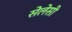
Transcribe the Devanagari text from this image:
सेलेसी